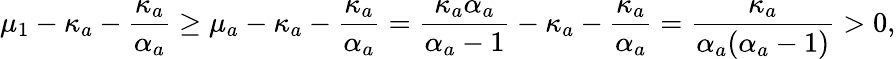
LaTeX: \mu_{1}-\kappa_{a}-\frac{\kappa_{a}}{\alpha_{a}}\geq\mu_{a}-\kappa_{a}-\frac{\kappa_{a}}{\alpha_{a}}=\frac{\kappa_{a}\alpha_{a}}{\alpha_{a}-1}-\kappa_{a}-\frac{\kappa_{a}}{\alpha_{a}}=\frac{\kappa_{a}}{\alpha_{a}(\alpha_{a}-1)}>0,